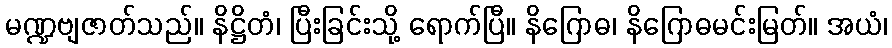
မဏ္ဍဗျဇာတ်သည်။ နိဋ္ဌိတံ၊ ပြီးခြင်းသို့ ရောက်ပြီ။ နိဂြောဓ၊ နိဂြောဓမင်းမြတ်။ အယံ၊